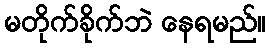
မတိုက်ခိုက်ဘဲ နေရမည်။